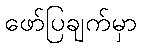
ဖော်ပြချက်မှာ